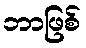
ဘာဖြစ်